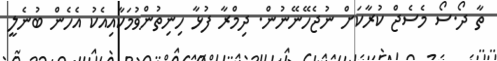
ތާާ ދޯ.ސޯ މެސެޖް ކުރާކަށް ނުޖެހޭނޭނުން. ދިމްރާ ފުޅާ ހިނިތުންވުމަކާއިއެކު އެހެން ބުނެލީ